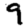
Digit: 9